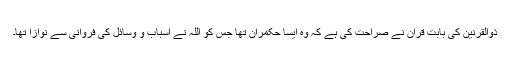
ذوالقرنین کی بابت قرآن نے صراحت کی ہے کہ وہ ایسا حکمران تھا جس کو اللہ نے اسباب و وسائل کی فروانی سے نوازا تھا۔